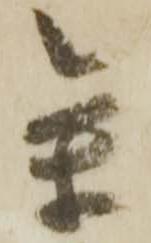
参